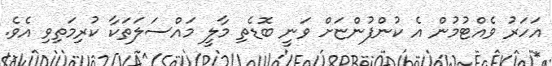
އަހަރު ވެއްޓުމުން އެ ކުންފުންޏަށް ވަނީ ބޮޑެތި މާލީ މައްސަލަތަކާ ކުރިމަތިވި އެވެ.